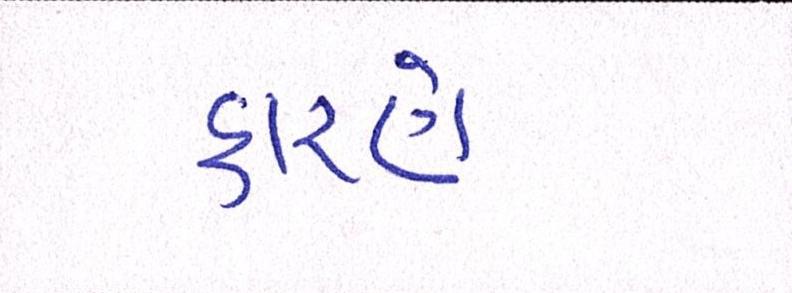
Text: કારણે